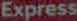
Express